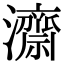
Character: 𭳯